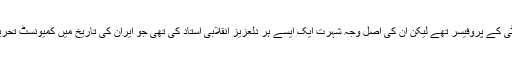
کامریڈ تقی ارانی کہنے کو تو تہران یونیوورسٹی کے پروفیسر تھے لیکن ان کی اصل وجہ شہرت ایک ایسے ہر دلعزیز انقلابی استاد کی تھی جو ایران کی تاریخ میں کمیونسٹ تحریک کے ایک نازک موڑ پر سامنے آئے تھے ۔